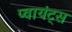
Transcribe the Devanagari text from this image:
प्वायंट्स